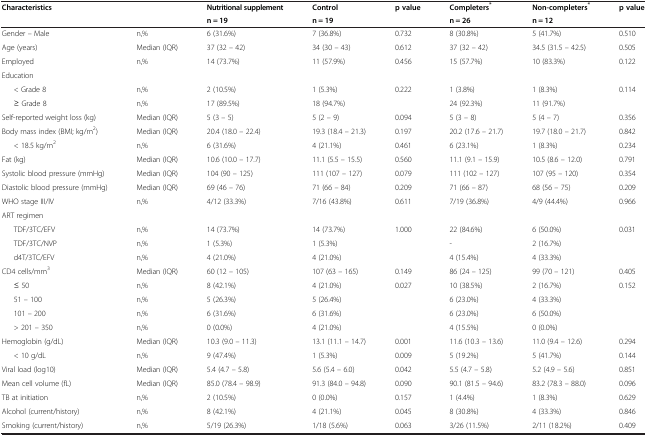
<table><thead><tr><td><b>Characteristics</b></td><td><b> </b></td><td><b>Nutritional supplement</b></td><td><b>Control</b></td><td><b>p value</b></td><td><b>Completers<sup>*</sup></b></td><td><b>Non-completers<sup>*</sup></b></td><td><b>p value</b></td></tr><tr><td><b> </b></td><td><b> </b></td><td><b>n = 19</b></td><td><b>n = 19</b></td><td><b> </b></td><td><b>n = 26</b></td><td><b>n = 12</b></td><td><b> </b></td></tr></thead><tbody><tr><td>Gender – Male</td><td>n,%</td><td>6 (31.6%)</td><td>7 (36.8%)</td><td>0.732</td><td>8 (30.8%)</td><td>5 (41.7%)</td><td>0.510</td></tr><tr><td>Age (years)</td><td>Median (IQR)</td><td>37 (32 – 42)</td><td>34 (30 – 43)</td><td>0.612</td><td>37 (32 – 42)</td><td>34.5 (31.5 – 42.5)</td><td>0.505</td></tr><tr><td>Employed</td><td>n,%</td><td>14 (73.7%)</td><td>11 (57.9%)</td><td>0.456</td><td>15 (57.7%)</td><td>10 (83.3%)</td><td>0.122</td></tr><tr><td>Education</td><td> </td><td> </td><td> </td><td> </td><td> </td><td> </td><td> </td></tr><tr><td>&lt; Grade 8</td><td>n,%</td><td>2 (10.5%)</td><td>1 (5.3%)</td><td>0.222</td><td>1 (3.8%)</td><td>1 (8.3%)</td><td>0.114</td></tr><tr><td>≥ Grade 8</td><td>n,%</td><td>17 (89.5%)</td><td>18 (94.7%)</td><td> </td><td>24 (92.3%)</td><td>11 (91.7%)</td><td> </td></tr><tr><td>Self-reported weight loss (kg)</td><td>Median (IQR)</td><td>5 (3 – 5)</td><td>5 (2 – 9)</td><td>0.094</td><td>5 (3 – 8)</td><td>5 (4 – 7)</td><td>0.356</td></tr><tr><td>Body mass index (BMI; kg/m<sup>2</sup>)</td><td>Median (IQR)</td><td>20.4 (18.0 – 22.4)</td><td>19.3 (18.4 – 21.3)</td><td>0.197</td><td>20.2 (17.6 – 21.7)</td><td>19.7 (18.0 – 21.7)</td><td>0.842</td></tr><tr><td>&lt; 18.5 kg/m<sup>2</sup></td><td>n,%</td><td>6 (31.6%)</td><td>4 (21.1%)</td><td>0.461</td><td>6 (23.1%)</td><td>1 (8.3%)</td><td>0.234</td></tr><tr><td>Fat (kg)</td><td>Median (IQR)</td><td>10.6 (10.0 – 17.7)</td><td>11.1 (5.5 – 15.5)</td><td>0.560</td><td>11.1 (9.1 – 15.9)</td><td>10.5 (8.6 – 12.0)</td><td>0.791</td></tr><tr><td>Systolic blood pressure (mmHg)</td><td>Median (IQR)</td><td>104 (90 – 125)</td><td>111 (107 – 127)</td><td>0.079</td><td>111 (102 – 127)</td><td>107 (95 – 120)</td><td>0.354</td></tr><tr><td>Diastolic blood pressure (mmHg)</td><td>Median (IQR)</td><td>69 (46 – 76)</td><td>71 (66 – 84)</td><td>0.209</td><td>71 (66 – 87)</td><td>68 (56 – 75)</td><td>0.209</td></tr><tr><td>WHO stage III/IV</td><td>n,%</td><td>4/12 (33.3%)</td><td>7/16 (43.8%)</td><td>0.611</td><td>7/19 (36.8%)</td><td>4/9 (44.4%)</td><td>0.966</td></tr><tr><td>ART regimen</td><td> </td><td> </td><td> </td><td> </td><td> </td><td> </td><td> </td></tr><tr><td>TDF/3TC/EFV</td><td>n,%</td><td>14 (73.7%)</td><td>14 (73.7%)</td><td>1.000</td><td>22 (84.6%)</td><td>6 (50.0%)</td><td>0.031</td></tr><tr><td>TDF/3TC/NVP</td><td>n,%</td><td>1 (5.3%)</td><td>1 (5.3%)</td><td> </td><td>-</td><td>2 (16.7%)</td><td> </td></tr><tr><td>d4T/3TC/EFV</td><td>n,%</td><td>4 (21.0%)</td><td>4 (21.0%)</td><td> </td><td>4 (15.4%)</td><td>4 (33.3%)</td><td> </td></tr><tr><td>CD4 cells/mm<sup>3</sup></td><td>Median (IQR)</td><td>60 (12 – 105)</td><td>107 (63 – 165)</td><td>0.149</td><td>86 (24 – 125)</td><td>99 (70 – 121)</td><td>0.405</td></tr><tr><td>≤ 50</td><td>n,%</td><td>8 (42.1%)</td><td>4 (21.0%)</td><td>0.027</td><td>10 (38.5%)</td><td>2 (16.7%)</td><td>0.152</td></tr><tr><td>51 – 100</td><td>n,%</td><td>5 (26.3%)</td><td>5 (26.4%)</td><td> </td><td>6 (23.0%)</td><td>4 (33.3%)</td><td> </td></tr><tr><td>101 – 200</td><td>n,%</td><td>6 (31.6%)</td><td>6 (31.6%)</td><td> </td><td>6 (23.0%)</td><td>6 (50.0%)</td><td> </td></tr><tr><td>&gt; 201 – 350</td><td>n,%</td><td>0 (0.0%)</td><td>4 (21.0%)</td><td> </td><td>4 (15.5%)</td><td>0 (0.0%)</td><td> </td></tr><tr><td>Hemoglobin (g/dL)</td><td>Median (IQR)</td><td>10.3 (9.0 – 11.3)</td><td>13.1 (11.1 – 14.7)</td><td>0.001</td><td>11.6 (10.3 – 13.6)</td><td>11.0 (9.4 – 12.6)</td><td>0.294</td></tr><tr><td>&lt; 10 g/dL</td><td>n,%</td><td>9 (47.4%)</td><td>1 (5.3%)</td><td>0.009</td><td>5 (19.2%)</td><td>5 (41.7%)</td><td>0.144</td></tr><tr><td>Viral load (log10)</td><td>Median (IQR)</td><td>5.4 (4.7 – 5.8)</td><td>5.6 (5.4 – 6.0)</td><td>0.042</td><td>5.5 (4.7 – 5.8)</td><td>5.2 (4.9 – 5.6)</td><td>0.851</td></tr><tr><td>Mean cell volume (fL)</td><td>Median (IQR)</td><td>85.0 (78.4 – 98.9)</td><td>91.3 (84.0 – 94.8)</td><td>0.090</td><td>90.1 (81.5 – 94.6)</td><td>83.2 (78.3 – 88.0)</td><td>0.096</td></tr><tr><td>TB at initiation</td><td>n,%</td><td>2 (10.5%)</td><td>0 (0.0%)</td><td>0.157</td><td>1 (4.4%)</td><td>1 (8.3%)</td><td>0.629</td></tr><tr><td>Alcohol (current/history)</td><td>n,%</td><td>8 (42.1%)</td><td>4 (21.1%)</td><td>0.045</td><td>8 (30.8%)</td><td>4 (33.3%)</td><td>0.846</td></tr><tr><td>Smoking (current/history)</td><td>n,%</td><td>5/19 (26.3%)</td><td>1/18 (5.6%)</td><td>0.063</td><td>3/26 (11.5%)</td><td>2/11 (18.2%)</td><td>0.409</td></tr></tbody></table>